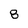
Character: 8